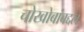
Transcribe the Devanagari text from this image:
चोखोबांबद्दल